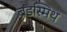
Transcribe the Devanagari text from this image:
ब्रैंडस्मिथ